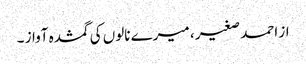
از احمد صغیر ، میرے نالوں کی گمشدہ آواز ۔